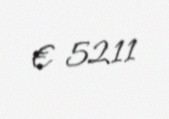
€ 5211